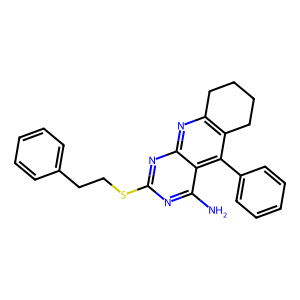
SMILES: Nc1nc(SCCc2ccccc2)nc2nc3c(c(-c4ccccc4)c12)CCCC3
Inhibits HIV replication: No